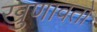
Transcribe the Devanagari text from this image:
खुणावतो